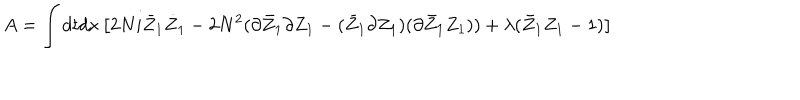
LaTeX: A = \int d t d x \left[ 2 N i \bar { Z } _ { 1 } \dot { Z } _ { 1 } - 2 N ^ { 2 } ( \partial \bar { Z } _ { 1 } \partial Z _ { 1 } - ( \bar { Z } _ { 1 } \partial Z _ { 1 } ) ( \partial \bar { Z } _ { 1 } Z _ { 1 } ) ) + \lambda ( \bar { Z } _ { 1 } Z _ { 1 } - 1 ) \right]